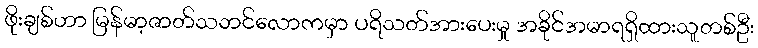
ဖိုးချစ်ဟာ မြန်မာ့ဇာတ်သဘင်လောကမှာ ပရိသတ်အားပေးမှု အခိုင်အမာရရှိထားသူတစ်ဦး